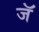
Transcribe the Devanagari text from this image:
जॅ